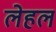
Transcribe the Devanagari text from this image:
लेहल